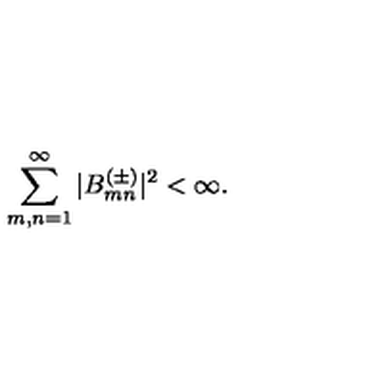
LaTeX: \sum _ { m , n = 1 } ^ { \infty } | B _ { m n } ^ { ( \pm ) } | ^ { 2 } < \infty .